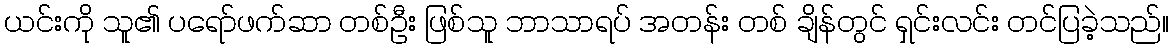
ယင်းကို သူ၏ ပရော်ဖက်ဆာ တစ်ဦး ဖြစ်သူ ဘာသာရပ် အတန်း တစ် ချိန်တွင် ရှင်းလင်း တင်ပြခဲ့သည်။